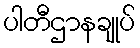
ပါတီဌာနချုပ်